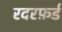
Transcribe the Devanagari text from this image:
रदरफ़र्ड